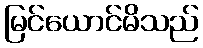
မြင်ယောင်မိသည်